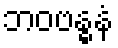
ဘဝဗန္ဓနံ